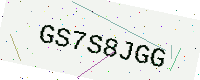
Text: GS7S8JGG